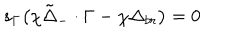
s _ { \Gamma } \bigl ( \chi { \tilde { \Delta } } _ { - } \cdot \Gamma - \chi \Delta _ { b r } \bigr ) = 0